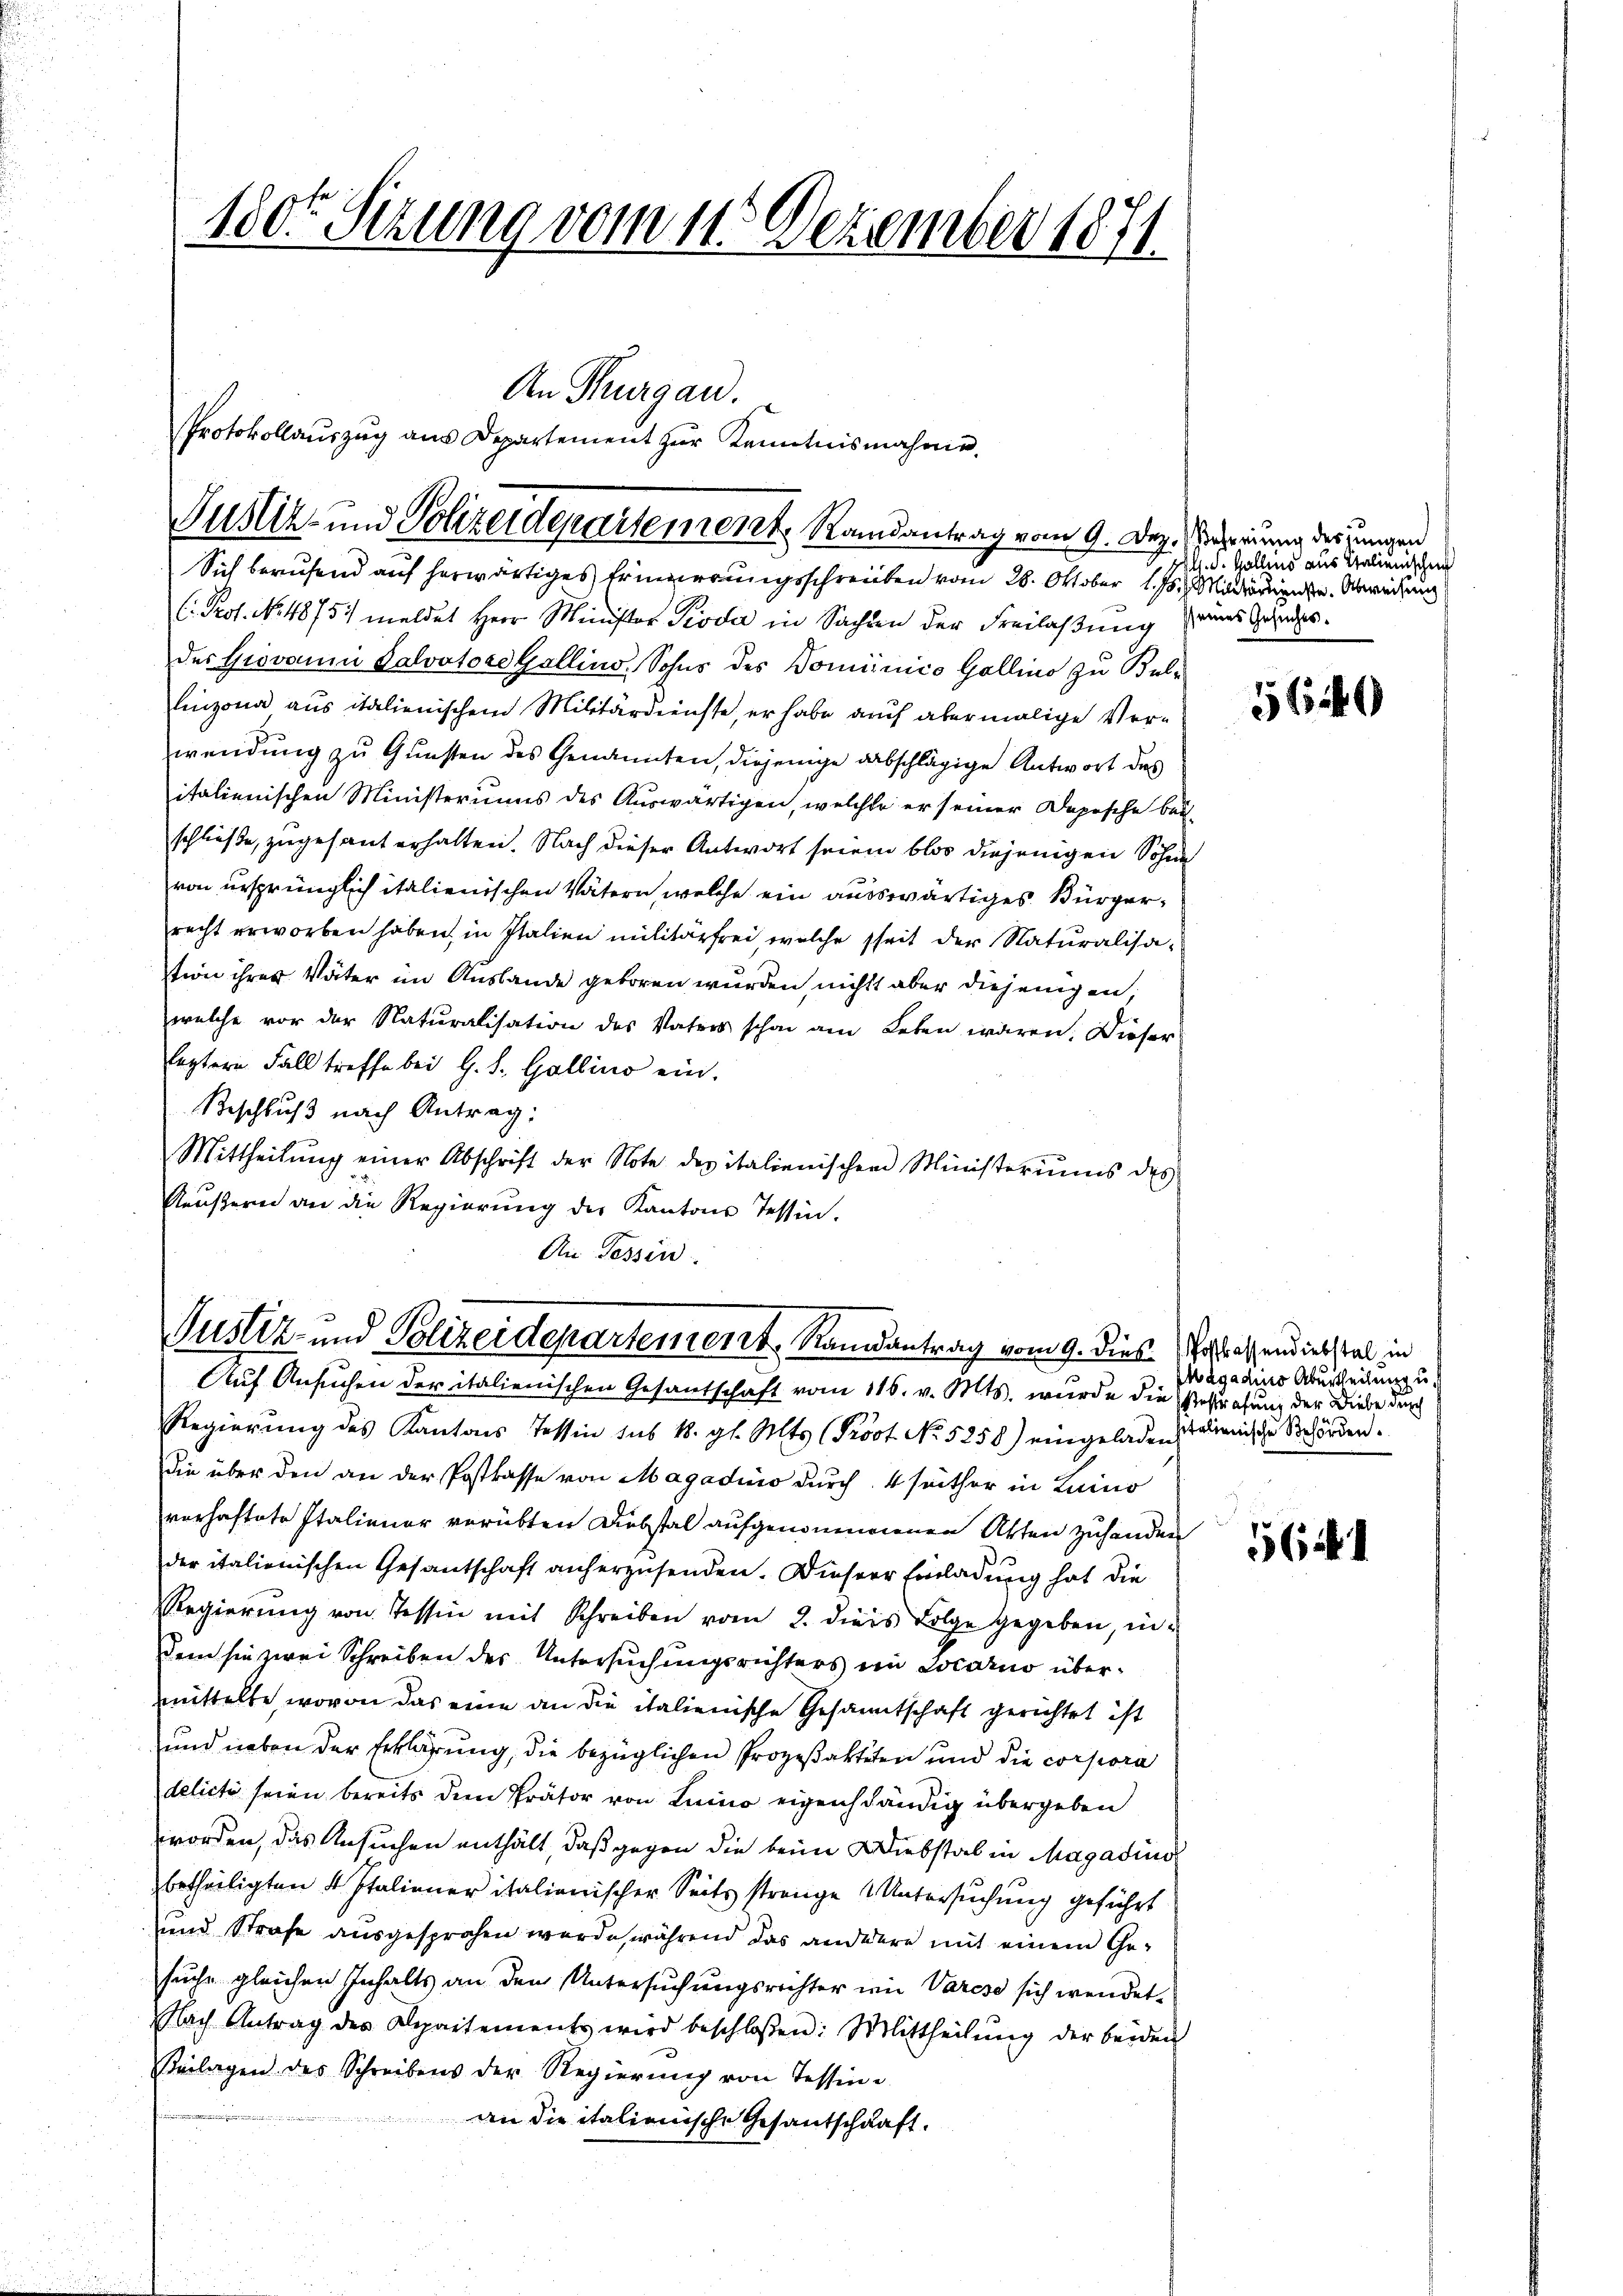
Sich berufend auf herwärtiges Erinnerungsschreiben vom 28. Oktober 1. 15. Miterende Abweisung
C. Prof. No. 4875. meldet Herr Ministor Pioda in Sachen der Freilaßung eines Gerades.
des Giovanni Salvatore Gallino, Sohns des Dominico Gallino zu Bellinzona aus italienischem Militärdienste, er habe auch abermalige Verwendung zu Gunsten des Genannten, diejenige abschlägige Antwort des
italienischen Ministeriums des Auswärtigen, welche er seiner Depesche bei
schließe, zugesant erhalten. Nach dieser Antwort seien blos diejenigen Sohne
von ursprünglich italienischen Vätern, welche ein auswärtiges Bürgerrecht erworben haben in Italien militärfrei, welche seit der Naturalisation ihrer Väter im Auslande geboren wurden, nicht aber diejenigen,
welche vor der Naturalisation des Vaters schon am Leben waren. Dieser
leztern Fall treffe bei G. L. Gallino ein.
Beschluß nach Antrag:
Mittheilŭng einer Abschrift der Note des italienischen Ministeriums des
Reußern an die Regierung der Kantons Tessin.
An Tessin.

180. Sizung vom 11. Dezember 1871

Justiz- und Polizeidepartement, Randantrag vom 9. Dez. Mehrung der jungen

An Thurgau.
Protokollauszug aus Departement zur Kenntnisnahme.

Justiz- und Polizeidepartement Randantrag vom 9. Dies es assendiebstal in
Auf Ansuchen der italienischen Gesandschaft vom 116. v. Mts. wurde die Vertretung der Diebe durch

Regierŭng des Kantons Tessin sub 1. gl. Mts. (Prost No 5258) eingeladen,
Die über den an der Postkasse von Magadino durch 4 seither in Luino
verhaftete Italienor verübten Diebstal aufgenommenen Akten zuhanden
der italienischen Gesantschaft anherzusenden. Dieser Einladung hat die
Regierŭng von Tessin mit Schreiben vom 2. diess Folge gegeben, in-
dem sie zwei Schreiben des Untersuchungsrichters ein Locarno übermittelte, wovon das eine an die italienische Gesandtschaft gerichtet ist
und neben der Erklärung, die bezüglichen Prozeßakteten und die corpora
delicti seien bereits dem Prätor von Luino eigenständig übergeben
worden, das Ansuchen enthält, daß gegen die beim Diebstal in Magadins
betheiligten 4 Italiener italienischer Seits strenge Untersuchung geführt
und Strafe ausgesprochen wurde, während das anderere mit einem Ge-
suche gleichen Inhalts an den Untersuchungsrichter wie Varese sich wendet.
Nach Antrag der Repartements wird beschlossen: Mittheilŭng der beiden
Beilagen des Schreibens der Regierŭng von Tessine
an die italionische Gesantschaft.

l. d. Gallens aus Italienischen

569

agadino Aburtheilung u.
sitalienische Behörden.

164